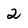
Character: 2